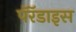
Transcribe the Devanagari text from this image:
पॅरॅडाइस